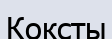
Коксты